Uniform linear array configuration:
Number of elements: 16
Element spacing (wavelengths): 0.75
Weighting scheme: cosine
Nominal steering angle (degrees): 0
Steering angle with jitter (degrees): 0.7947
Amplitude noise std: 0.05
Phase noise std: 0.05

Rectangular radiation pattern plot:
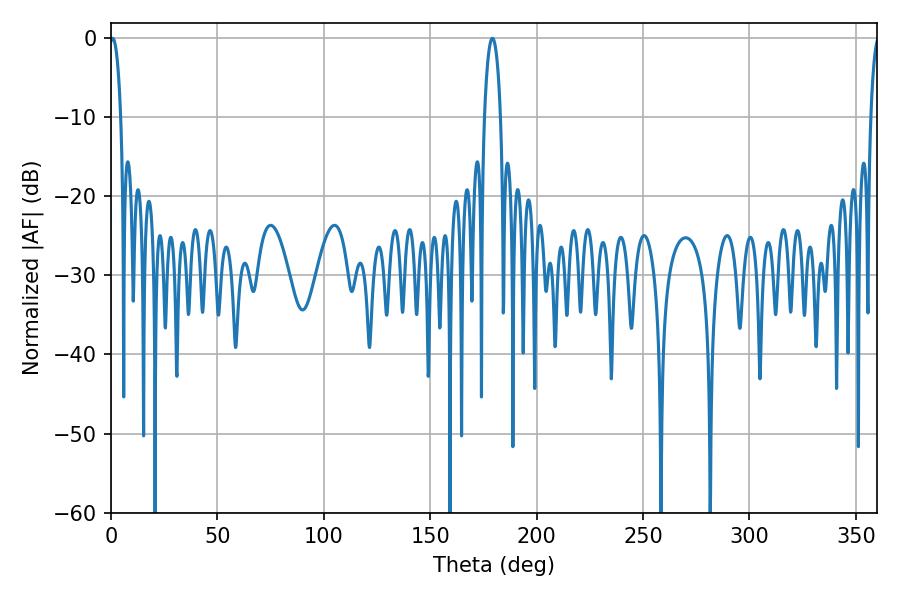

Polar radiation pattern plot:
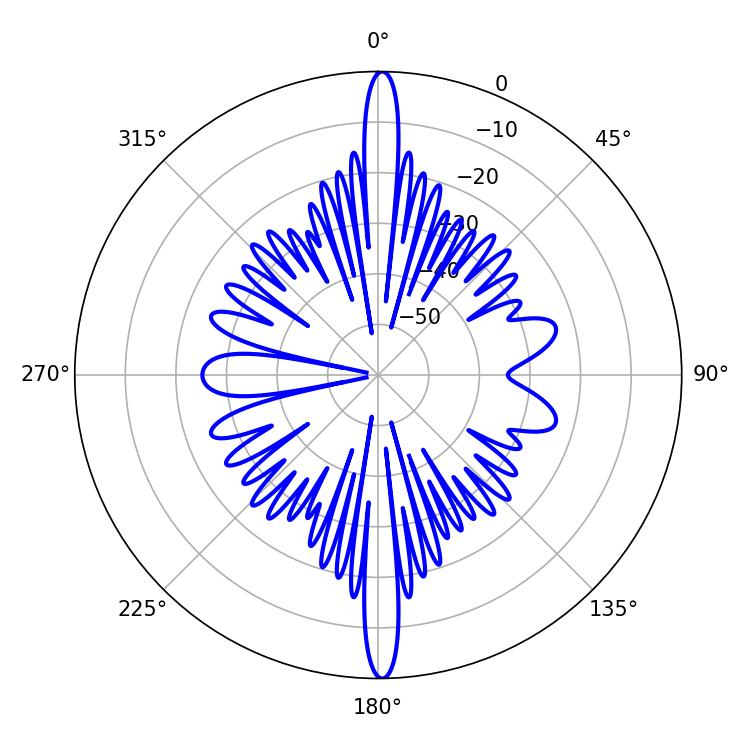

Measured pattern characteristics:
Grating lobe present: TRUE
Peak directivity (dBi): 29.152
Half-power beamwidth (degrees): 2.88
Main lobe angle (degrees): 0.72